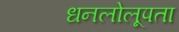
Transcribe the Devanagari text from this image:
धनलोलूपता